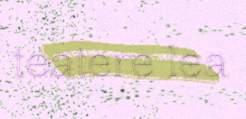
teatere lea